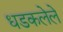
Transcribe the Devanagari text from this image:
धडकलेले